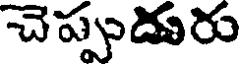
చెప్పుదురు